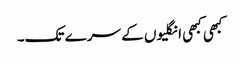
کبھی کبھی انگلیوں کے سرے تک۔